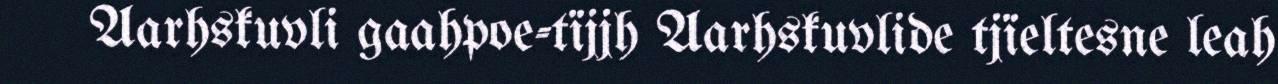
Aarhskuvli gaahpoe-tïjjh Aarhskuvlide tjïeltesne leah